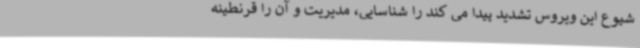
شیوع این ویروس تشدید پیدا می کند را شناسایی، مدیریت و آن را قرنطینه